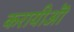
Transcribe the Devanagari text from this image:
करायीऒ